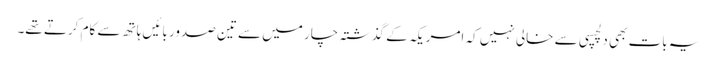
یہ بات بھی دلچسپی سے خالی نہیں کہ امریکہ کے گذشتہ چار میں سے تین صدور بائیں ہاتھ سے کام کرتے تھے۔